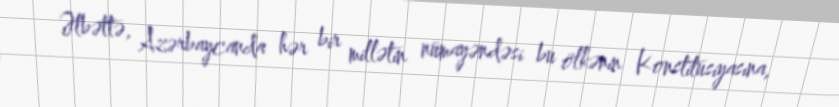
Əlbəttə, Azərbaycanda hər bir millətin nümayəndəsi bu ölkənin Konstitusiyasına,